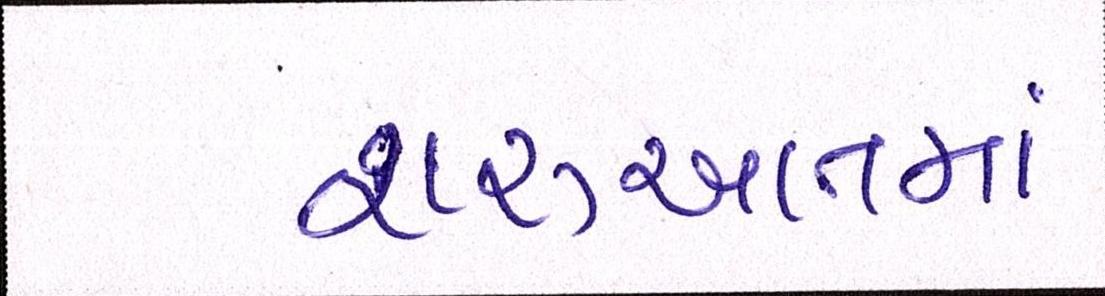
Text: શરૂઆતમાં